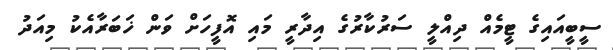
ސީބީއައިގެ ޓީމެއް ދިއްލީ ސަރުކާރުގެ އިދާރީ މައި އޮފީހަށް ވަން ޚަބަރާއެކު މިއަދު